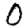
Digit: 0